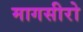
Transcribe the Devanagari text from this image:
मागसीरो